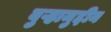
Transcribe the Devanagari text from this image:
बुऱ्हामुद्दीन